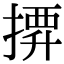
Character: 𢱼